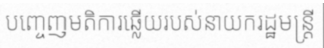
បញ្ចេញមតិការឆ្លើយរបស់នាយករដ្ឋមន្ត្រី